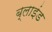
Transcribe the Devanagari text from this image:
ब्‍लाइंड